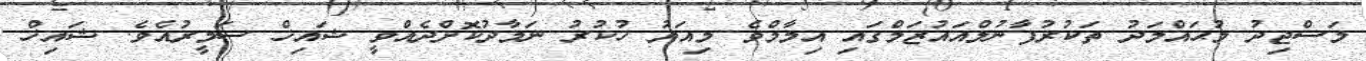
މަސްޖިދު މުޙައްމަދު ތަކުރުފާނުލްއައުޒަމްގައި އިމާމްވެ މިއަދު ހުކުރު ނަމާދުކޮށްދެއްވީ ޝައިޚް ސަމީރުއެވެ. ޝައިޚް